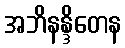
အဘိနန္ဒိတေန